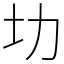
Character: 㘦